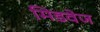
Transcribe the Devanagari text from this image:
मिडवेज